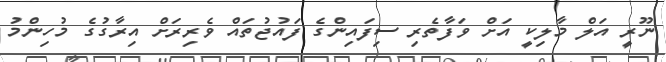
ނޫރީ އަލް މާލިކީ އަށް ވަފާތެރި ސިފައިންގެ ފައުޖުތައް ވެރިރަށް އިރާގުގެ މުހިންމު